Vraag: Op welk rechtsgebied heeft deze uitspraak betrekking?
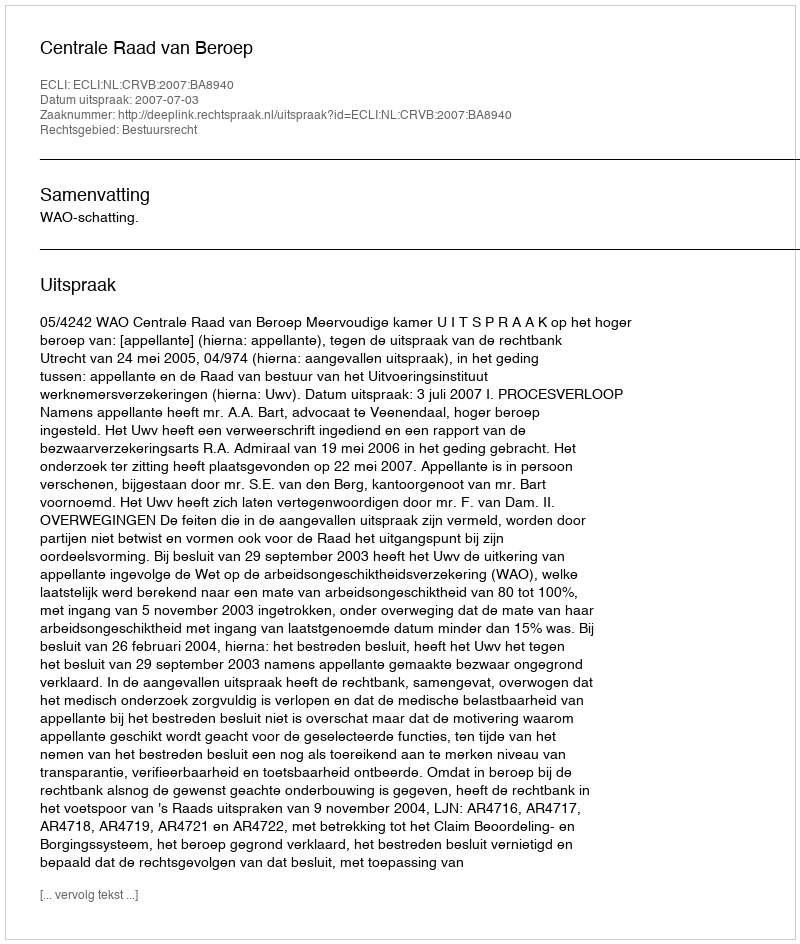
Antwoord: Bestuursrecht